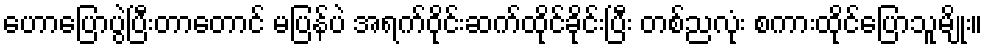
ဟောပြောပွဲပြီးတာတောင် မပြန်ပဲ အရက်ဝိုင်းဆက်ထိုင်ခိုင်းပြီး တစ်ညလုံး စကားထိုင်ပြောသူမျိုး။